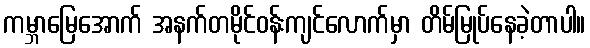
ကမ္ဘာမြေအောက် အနက်တမိုင်ဝန်းကျင်လောက်မှာ တိမ်မြုပ်နေခဲ့တာပါ။